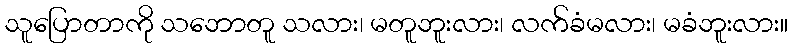
သူပြောတာကို သဘောတူ သလား၊ မတူဘူးလား၊ လက်ခံမလား၊ မခံဘူးလား။